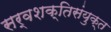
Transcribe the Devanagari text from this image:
सर्वशक्तिसंयुक्त